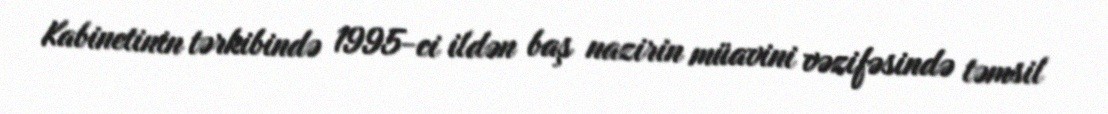
Kabinetinin tərkibində 1995-ci ildən baş nazirin müavini vəzifəsində təmsil